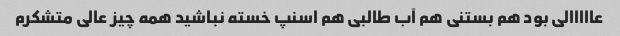
عااااالی بود هم بستنی هم آب طالبی هم اسنپ خسته نباشید همه چیز عالی متشکرم